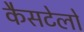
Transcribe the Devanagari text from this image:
कैसटेलो